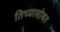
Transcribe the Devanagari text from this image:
तिच्यासोबत